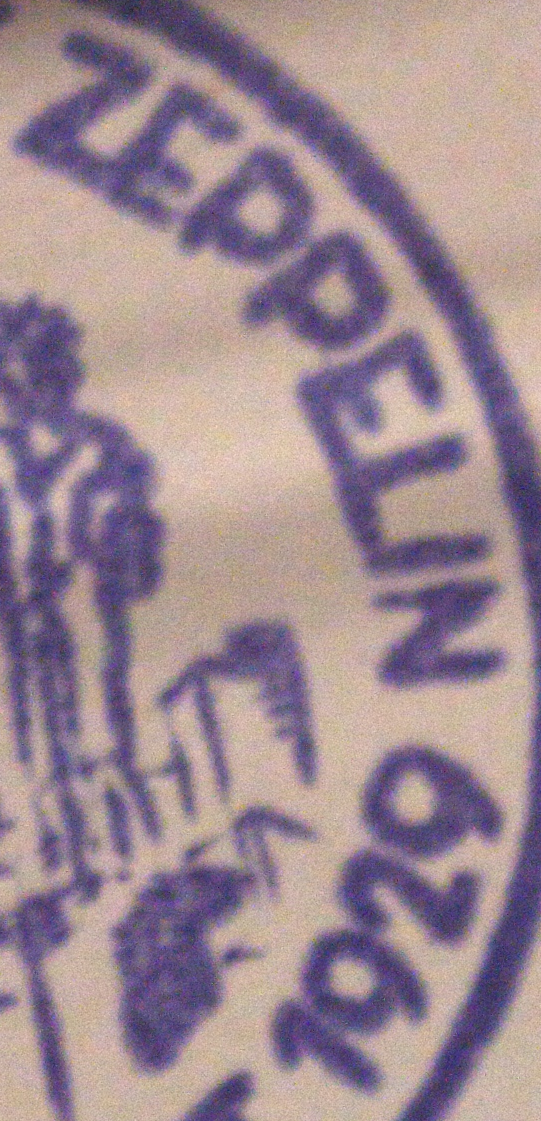
ZEPPELIN 1929